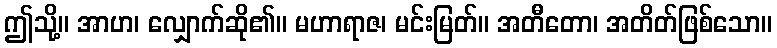
ဤသို့။ အာဟ၊ လျှောက်ဆို၏။ မဟာရာဇ၊ မင်းမြတ်။ အတီတော၊ အတိတ်ဖြစ်သော။